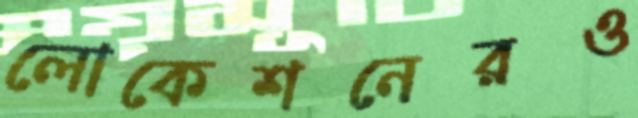
লোকেশনেরও